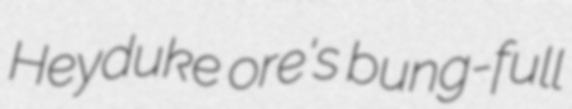
Heyduke ore's bung-full